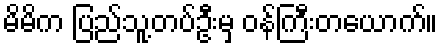
မိမိက ပြည်သူ့တပ်ဦးမှ ဝန်ကြီးတယောက်။